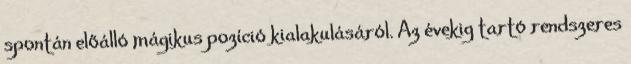
spontán előálló mágikus pozíció kialakulásáról. Az évekig tartó rendszeres